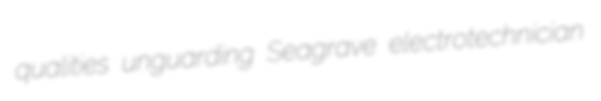
qualities unguarding Seagrave electrotechnician